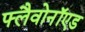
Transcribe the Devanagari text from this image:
फ्लैवोनॉएड